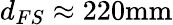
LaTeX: d_{FS}\approx 220\textrm{mm}